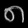
Digit: ၈